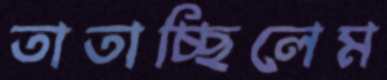
তাতাচ্ছিলেম